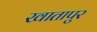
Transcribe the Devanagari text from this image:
खातापुर